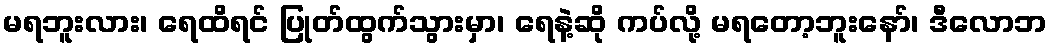
မရဘူးလား၊ ရေထိရင် ပြုတ်ထွက်သွားမှာ၊ ရေနဲ့ဆို ကပ်လို့ မရတော့ဘူးနော်၊ ဒီလောဘ